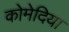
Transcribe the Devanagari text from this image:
कोमेदिया